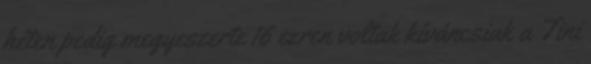
héten pedig megyeszerte 16 ezren voltak kíváncsiak a Tini